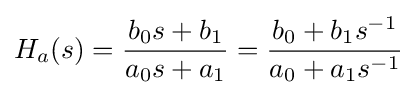
H_{a}(s)={\frac {b_{0}s+b_{1}}{a_{0}s+a_{1}}}={\frac {b_{0}+b_{1}s^{-1}}{a_{0}+a_{1}s^{-1}}}